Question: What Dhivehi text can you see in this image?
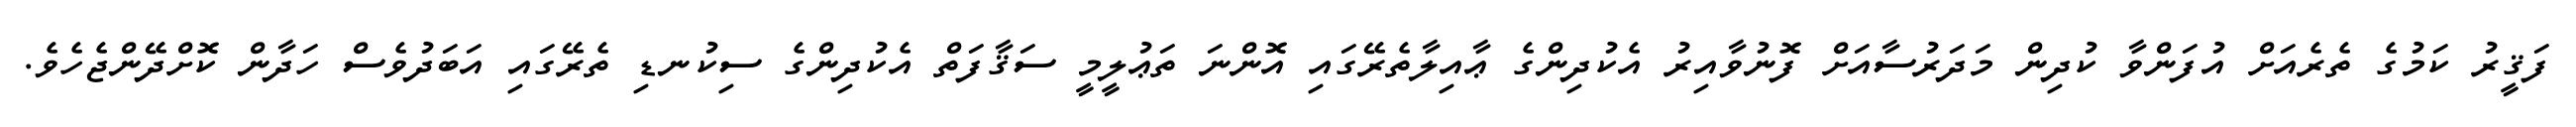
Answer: ފަޤީރު ކަމުގެ ތެރެއަށް އުފަންވާ ކުދިން މަދަރުސާއަށް ފޮނުވާއިރު އެކުދިންގެ ޢާއިލާތެރޭގައި އޮންނަ ތަޢުލީމީ ސަޤާފަތް އެކުދިންގެ ސިކުނޑި ތެރޭގައި އަބަދުވެސް ހަދާން ކޮށްދޭންޖެހެވެ.